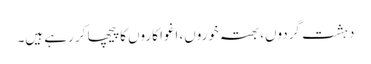
دہشت گردوں، بھتہ خوروں، اغوا کاروں کا پیچھا کر رہے ہیں۔